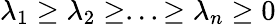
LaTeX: \lambda_{1}\ge\lambda_{2}\ge...\ge\lambda_{n}\ge 0